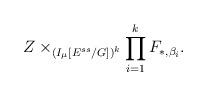
LaTeX: \begin{align*}Z\times_{(I_{\mu}[E^{ss}/G])^k}\prod_{i=1}^{k}F_{*,\beta_i}.\end{align*}